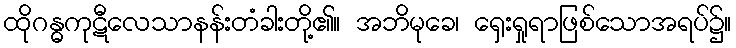
ထိုဂန္ဓကုဋီလေသာနန်းတံခါးတို့၏။ အဘိမုခေ၊ ရှေးရှုရာဖြစ်သောအရပ်၌။